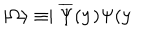
\mid \Omega \rangle \equiv \mid \overline { { { \Psi } } } ( \mathbf { y } ) \Psi ( \mathbf { y }